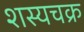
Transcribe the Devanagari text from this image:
शस्यचक्र